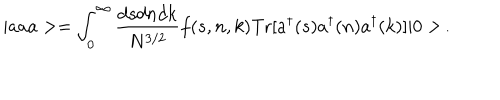
LaTeX: | a a a > = \int _ { 0 } ^ { \infty } \frac { d s d n d k } { N ^ { 3 / 2 } } f ( s , n , k ) \mathrm { T r } [ a ^ { \dagger } ( s ) a ^ { \dagger } ( n ) a ^ { \dagger } ( k ) ] | 0 > \, .